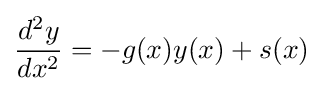
{\frac {d^{2}y}{dx^{2}}}=-g(x)y(x)+s(x)